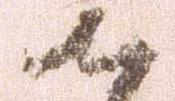
御